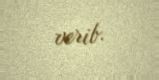
verib.